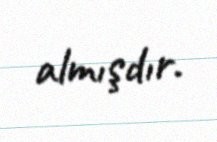
almışdır.